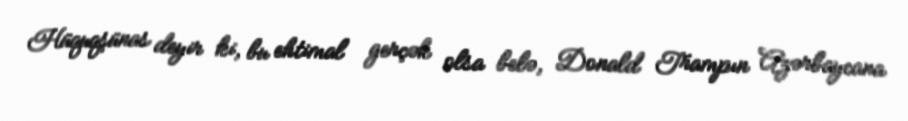
Hüquqşünas deyir ki, bu ehtimal gerçək olsa belə, Donald Trampın Azərbaycana